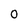
Character: 0